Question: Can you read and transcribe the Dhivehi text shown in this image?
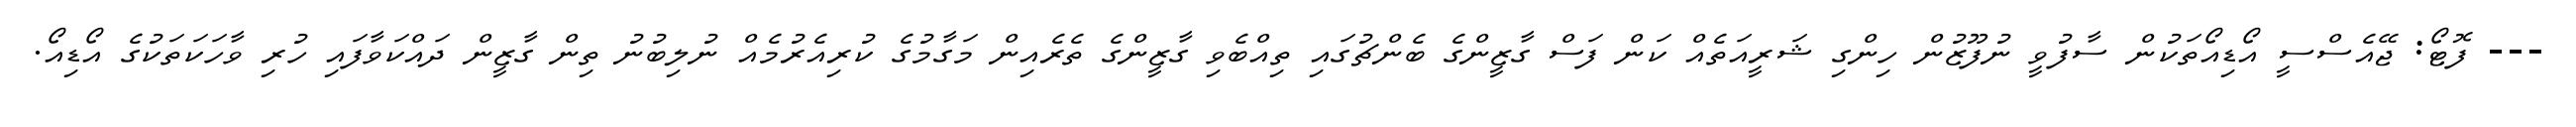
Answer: --- ފޮޓޯ: ޖޭއެސްސީ އޯޑިއޯތަކުން ސާފުވީ ނުފޫޒުން ހިންގި ޝަރީއަތެއް ކަން ފަސް ގާޒީންގެ ބެންޗުގައި ތިއްބެވި ގާޒީންގެ ތެރެއިން މަގާމުގެ ކުރިއެރުމެއް ނުލިބުނު ތިން ގާޒީން ދައްކަވާފައި ހުރި ވާހަކަތަކުގެ އޯޑިއޯ.